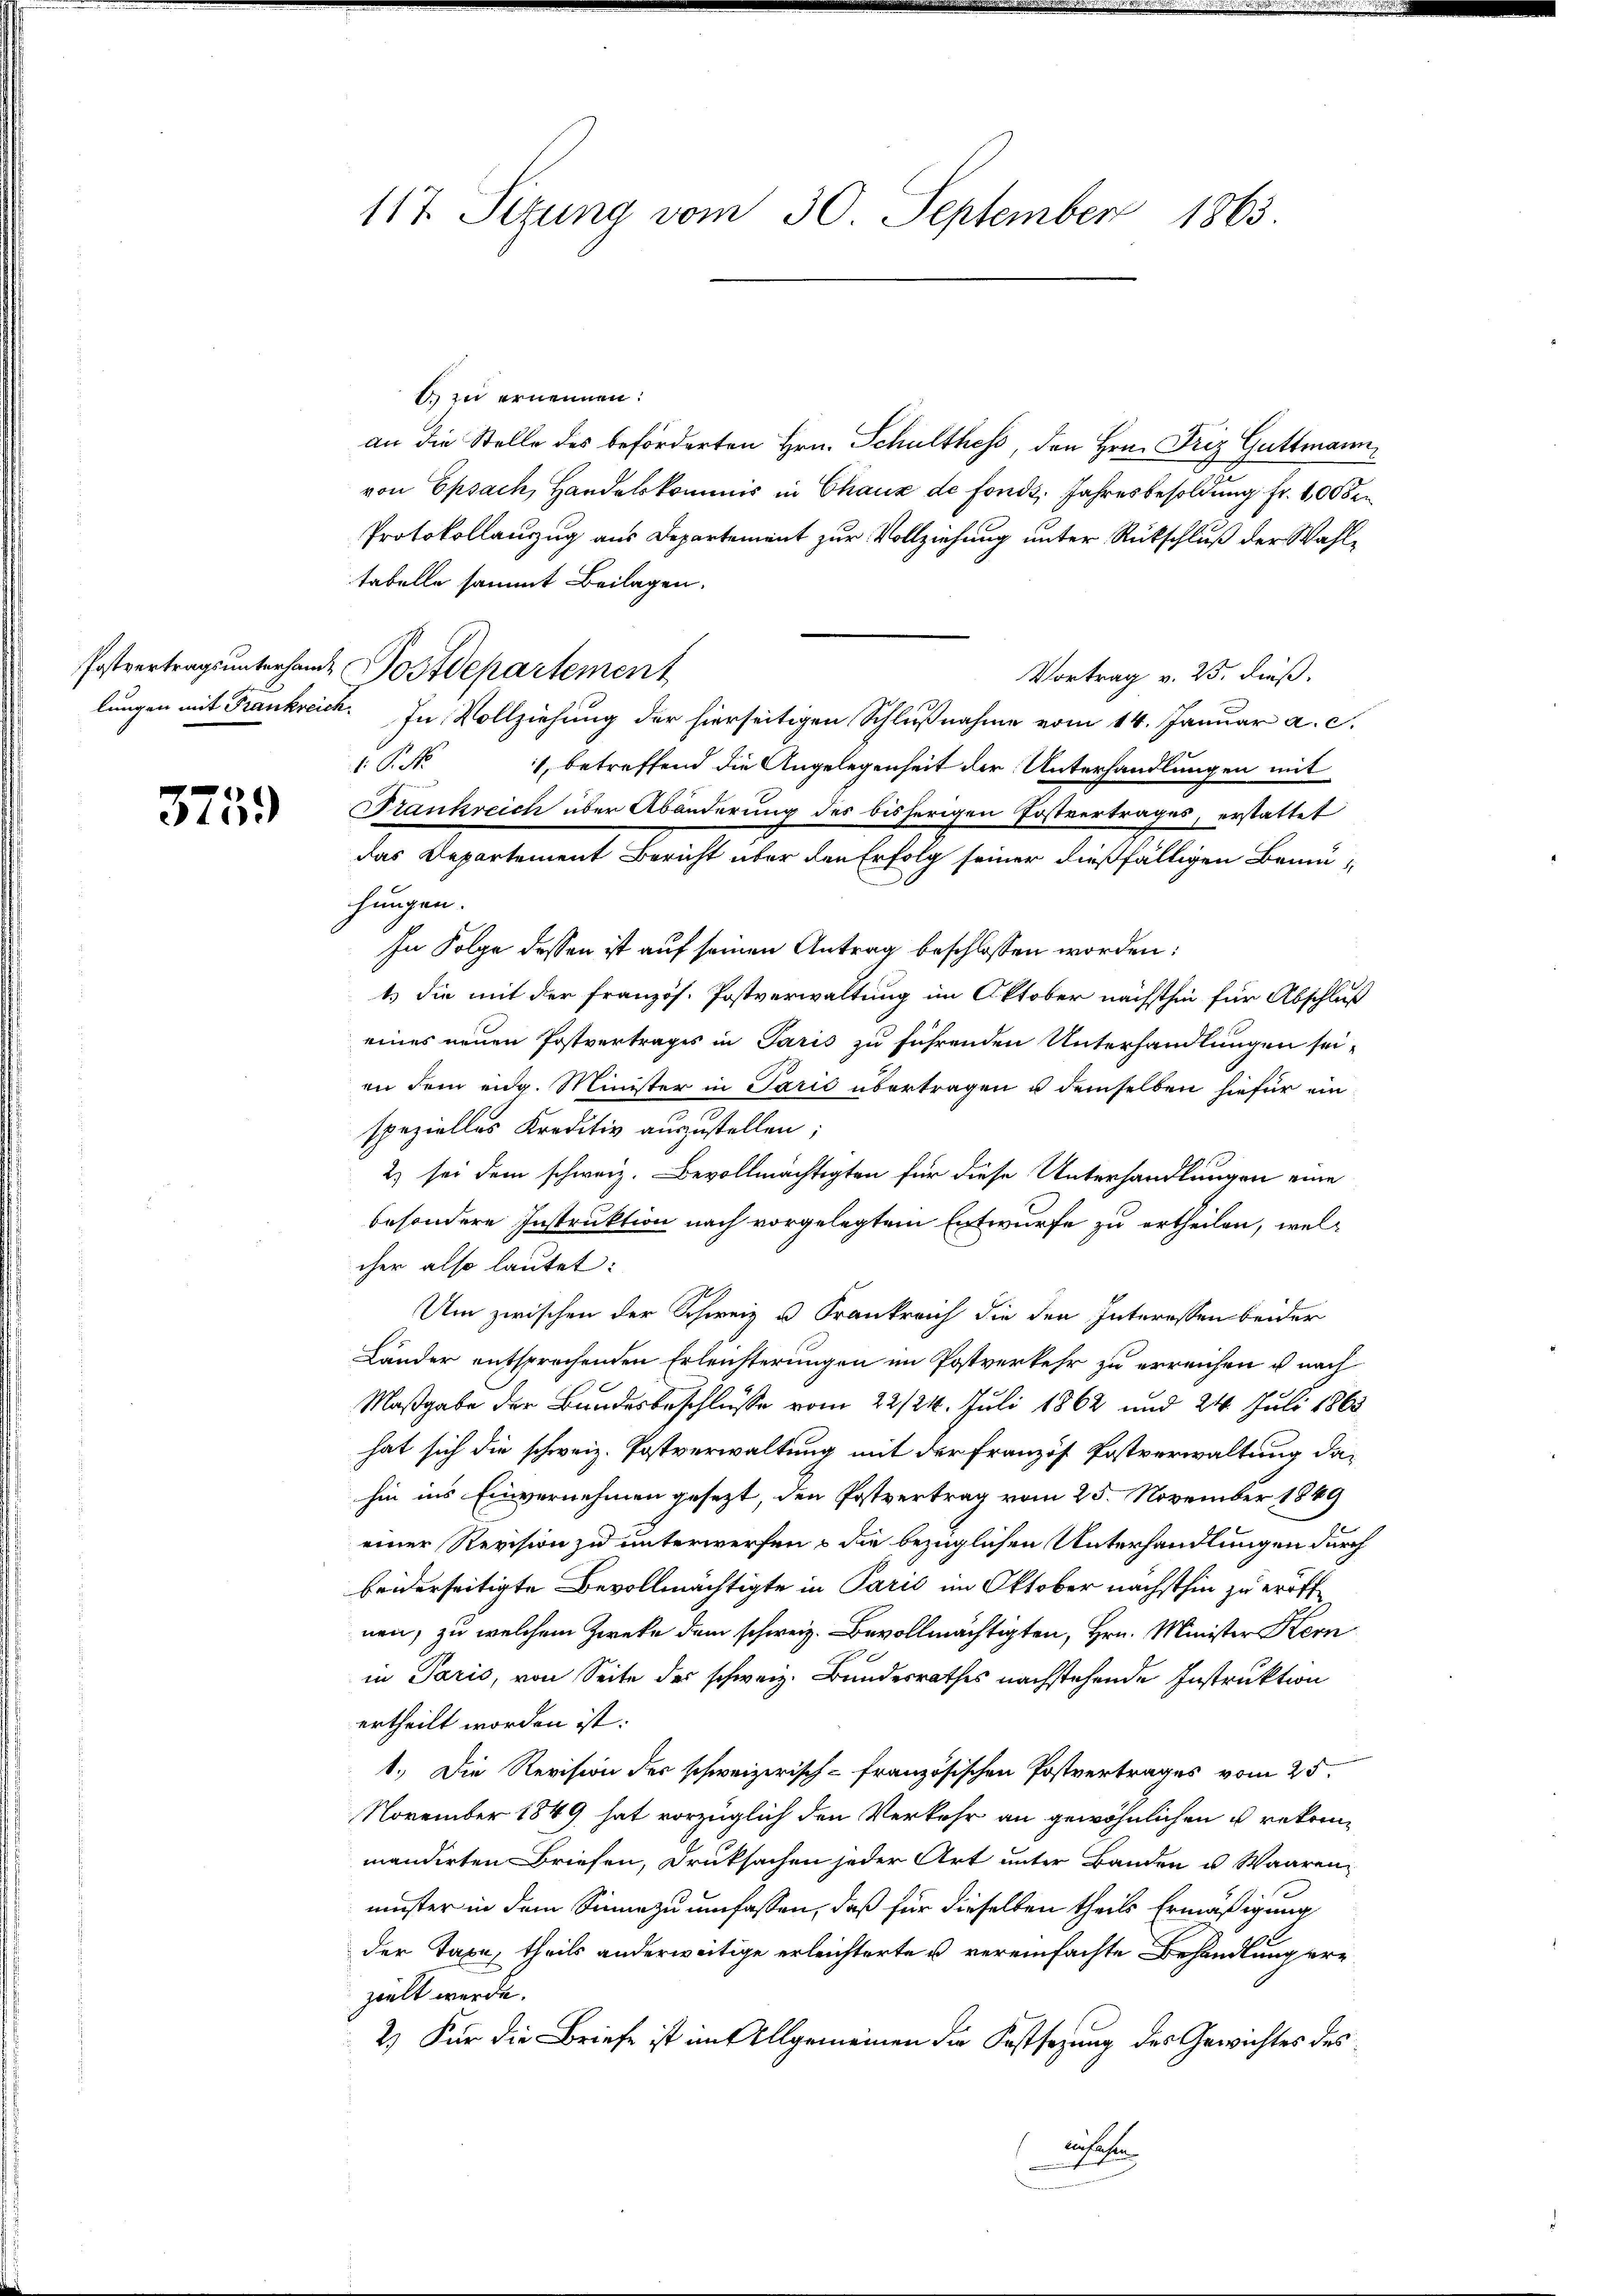
3759

b. zu ernennen:
an die Stelle des beförderten Hrn. Schulthess, den Hrn. Friz Guttmann,
von Epsach, Handelskommis in Chaux de fonds. Jahresbesoldung fr. 100 de
Protokollauszug aus Departement zur Vollziehung unter Rückschluß der Wahltabelle sammt Beilagen.
Vortrag v. 25. dieß.
lungen mit Frankreich. In Vollziehung der hierseitigen Schlußnahme vom 14. Januar a. c.
1.P. Nr. 1, betreffend die Angelegenheit der Unterhandlungen mit
Frankreich über Abänderung des bisherigen Postvertrages, erstattet
das Departement Bericht über den Erfolg seiner dießfälligen Bemühungen.
In Folge dessen ist auf seinen Antrag beschlossen worden:
ts die mit der französ. Postverwaltung im Oktober nächsthin für Abschluß
eines neuen Postvertrages in Paris zu führenden Unterhandlungen sei-
an dem eidg. Minister in Parić übertragen u demselben hiefür einspezielles Kreditiv auszustellen;
2) sei dem schweiz. Bevollmächtigten für diese Unterhandlungen eine
besondere Instruktion nach vorgelegtem Entwurfe zu ertheilen, welcher also lautet:
Um zwischen der Schweiz u. Frankreich die der Interessen beider
Länder entsprochenden Erleichterungen im Postverkehr zu erreichen u nach
Maßgabe der Bundesbeschlusse vom 22/24. Juli 1862 und 24. Juli 1865
hat sich die schweiz. Postverwaltung mit der Französ Postverwaltung dahin ins Einvernehmen gesezt, den Postvertrag vom 25. November 1849
einer Revision zu unterwerfen & die bezüglichen Unterhandlungen durch
beiderseitigte Bevollmächtigte in Paris im Oktober nächsthin zu eröffnen, zu welchem Zweke dem schweiz. Bevollmächtigten, Hrn. Minister Kern
in Paris, von Seite der schweiz. Bundesrathes nachstehende Instruktion
ertheilt worden ist.
1.) Die Revision der schweizerisch-französischen Postvertrages vom 25.
November 1849 hat vorzüglich den Verkehr an gewöhnlichen u rekrinmandirten Briefen, Druksachen jeder Art unter Banden u. Waaren
muster in dem Sinne zu umfassen, daß für dieselben theils Ermäßigung
der Taxe, theils anderweitige erleichterte u vereinfachte Behandlungere
zielt werde.
2.) Für die Briefe ist im Allgemeinen die Kostsezung des Gewichtes des
insehen

117. Sitzung vom 30. September 1863

Postvertrags unterhande Postdepartement